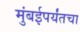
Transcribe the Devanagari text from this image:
मुंबईपर्यंतचा